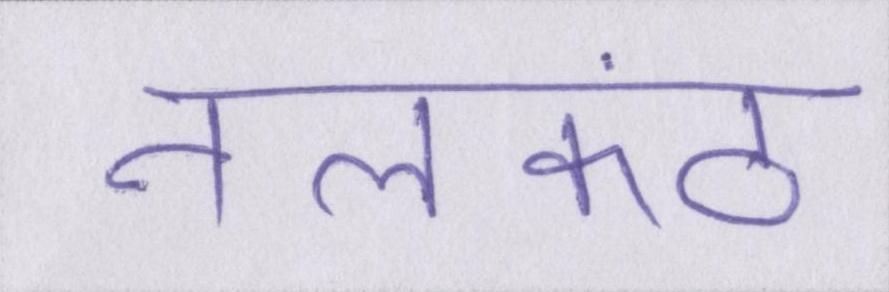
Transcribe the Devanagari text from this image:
नीलकंठ